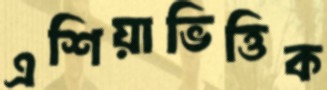
এশিয়াভিত্তিক